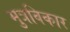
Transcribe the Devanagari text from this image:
मुत्रविकार